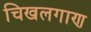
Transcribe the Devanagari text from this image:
चिखलगाण